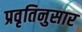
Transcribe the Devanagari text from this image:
प्रवृतिनुसार